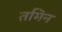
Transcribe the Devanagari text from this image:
तमिन